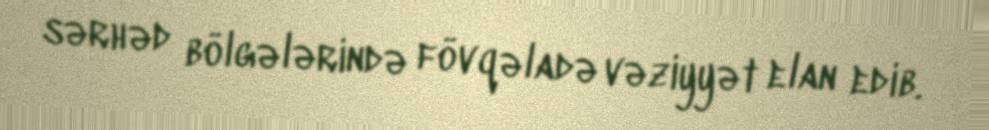
sərhəd bölgələrində fövqəladə vəziyyət elan edib.